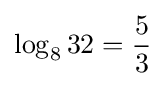
\log _{8}32={\frac {5}{3}}